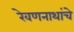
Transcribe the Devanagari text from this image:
रेवणनाथांचे